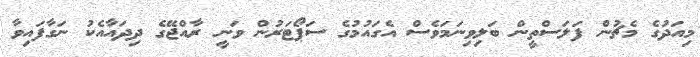
މިއަދުގެ މެޗުން ފަލަސްތީން ބަލިވިނަމަވެސް އެގައުމުގެ ސަޕޯޓަރުން ވަނީ ރާއްޖޭގެ ދިދައާއެކު ނަގާފައިވާ